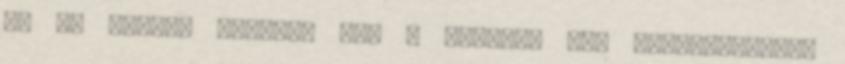
ez az üzenet jelenik meg a parancs nem eltávolítható